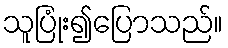
သူပြုံး၍ပြောသည်။